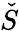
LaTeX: \check{S}